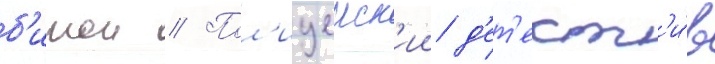
б'итои // Пол'ицеиск'ии д'ет'ект'и́в